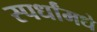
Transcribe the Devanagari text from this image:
स्पर्धांमधे